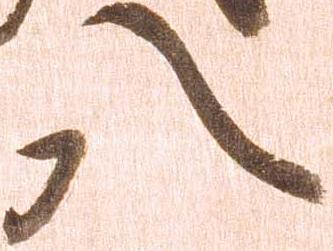
八